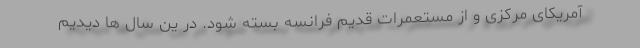
آمریکای مرکزی و از مستعمرات قدیم فرانسه بسته شود. در ین سال ها دیدیم